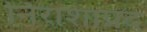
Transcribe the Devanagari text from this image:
निराशाप्रद